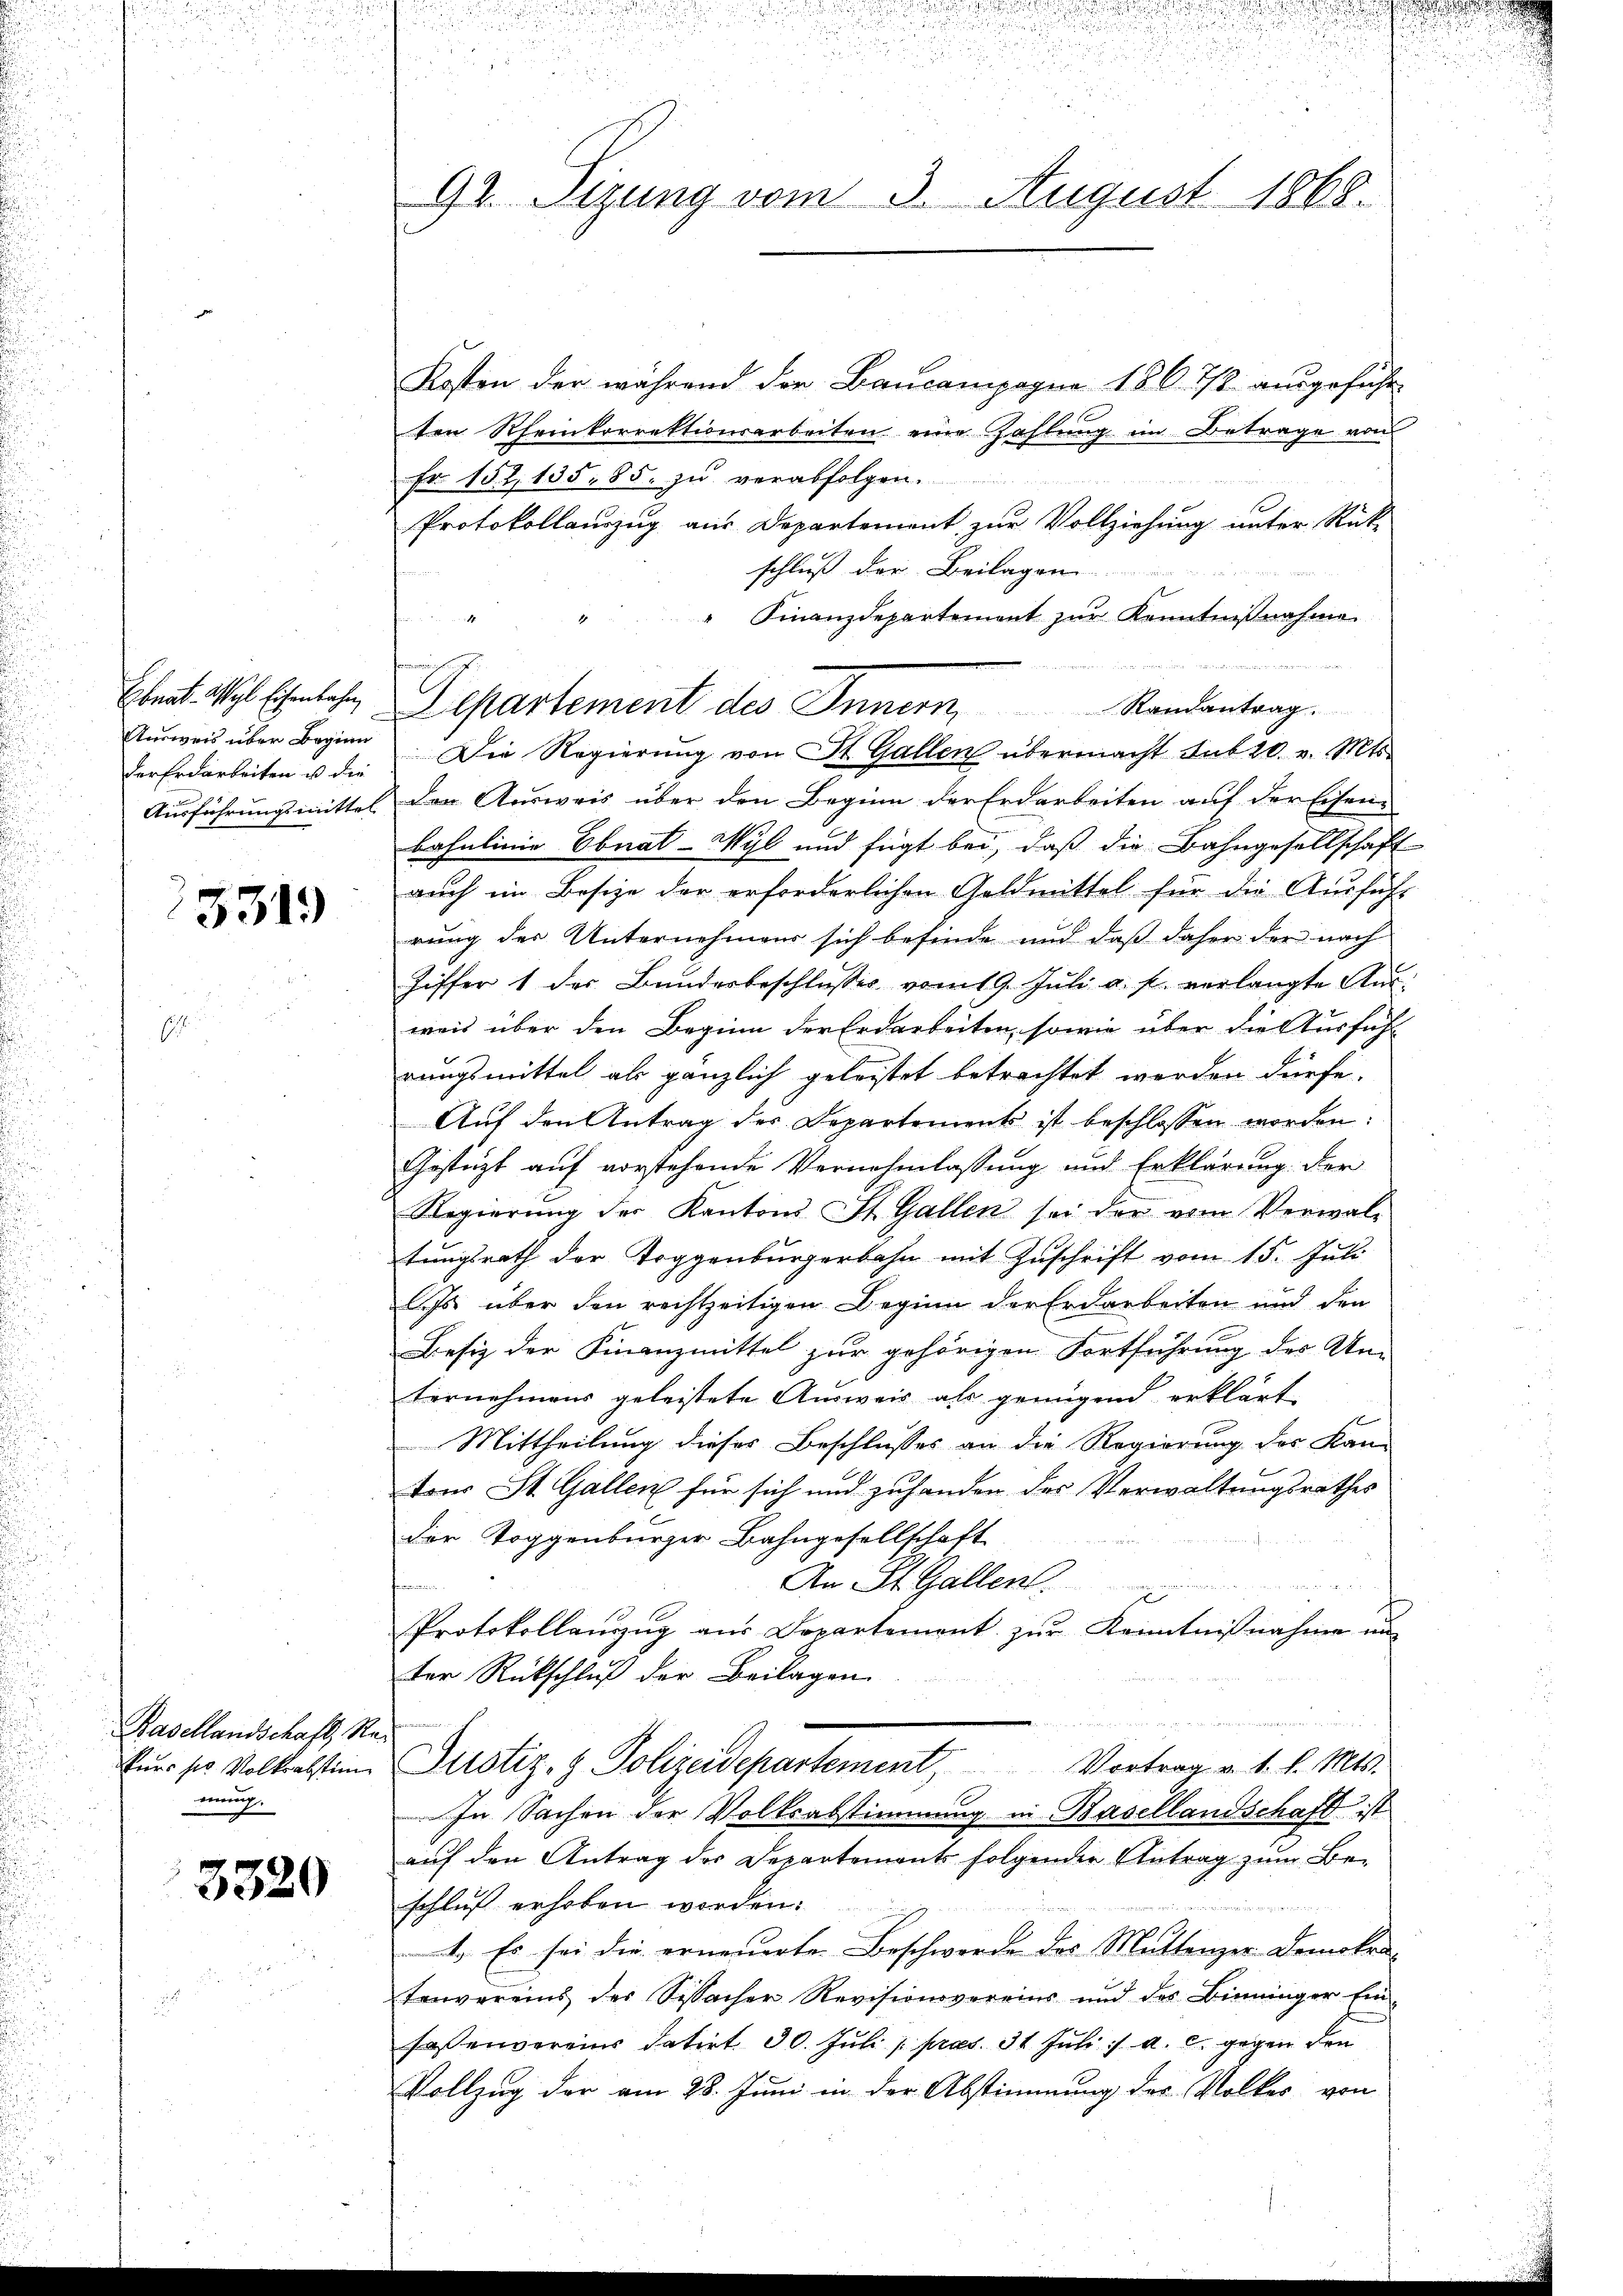
Ebnat. Wahl Eisenbahn,
der Erdarbeiten ist die

5319

Basellandschaft, S.
kurs sie Volksabstein
mung.

3320

92. Sizung vom 3. August 1868.

frommenweise
Departement des Innern,

Kosten der während der Baucampagne 186. 7/8 ausgeführ
ten Rheinkorrektionsarbeiten eine Zahlung im Betrage von
Fr. 152, 135. 85. zu verabfolgen.
Protokollauszug aus Departement zur Vollziehung unter Rück-
schluß der Beilagen
" Finanzdepartement zur Kenntnißnahme
t
Randantrag.
Aŭsweis über Beginn. Die Regierŭng von St. Gallen übermacht sub 20. v. Mts.
Ausführungsmittel der Ausweis über den Beginn der Erdarbeiten auf der Eisen-
basulinie Ebnat-Wyl und fügt bei, daß die Bahngesellschaft
auch im Besize der erforderlichen Goldmittel für die Aŭsführ
rung der Unternehmens sich befinde und daß daher der nach
Ziffer 1 des Bundesbeschlŭsses vom 19. Jŭli u. f. verlangte Ausweis über den Beginn der Erdarbeiten, sowie über die Ausfühl
rungsmittel als gänzlich geleistet betrachtet werden dürfe.
Auf den Antrag der Departements ist beschlossen worden:
Gestüzt auf vorstehende Vernehmlassung und Erklärung der
Regierŭng der Kantons St. Gallen sei der vom Verwal-
tungsrath der Toggenburgerbahn mit Zuschrift vom 15. Juli
Js. über den rechtzeitigen Beginn der Erdarbeiten und den
Besiz der Finanzmittel zur gehörigen Fortführung der An-
ternehmens geleistete Ausweis als genügend erklärt
Mittheilung dieses Beschlusses an die Regierung der Kan-
tons St. Gallen für sich und zuhanden des Verwaltungsrathes
der Toggenburger Bahngesellschaft
kommen
An St. Gallen.
Protokollanzŭg aŭs Departement zŭr Kenntniβnahme un
ter Rückschluß der Beilagen.
d
Justiz- & Polizeidepartement, Vortrag v. 1. l. Mts.
In Sachen der Volksabstimmung in Basellandschaft ist
auf den Antrag des Departements folgender Antrag zum Be-
schluß erhoben worden:

1. Es sei die erneuerte Beschwerde des Muttenzer-Demokra-
tenvereins der Sissacher Revisionsvereins und der Binninger Ein-
fassenvereins datirt. 30. Juli 1 præs. 31 Juli :/ a. c. gegen den
Vollzug der am 28. Juni in der Abstimmung der Volkes von

d

1
1